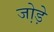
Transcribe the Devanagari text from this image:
जो़ड़े